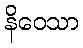
နိဝေသာ